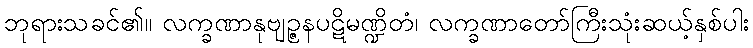
ဘုရားသခင်၏။ လက္ခဏာနုဗျဉ္ဇနပဋိမဏ္ဍိတံ၊ လက္ခဏာတော်ကြီးသုံးဆယ့်နှစ်ပါး